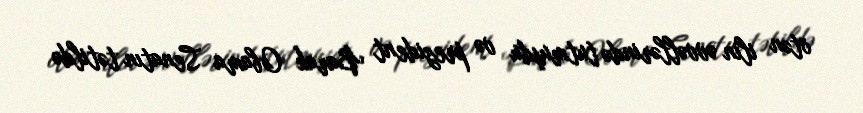
ötən ilin əvvəllərində tutmuşdu və prezident Barak Obama Senatın tətildə